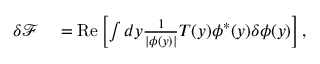
\begin{array} { r l } { \delta \mathcal { F } } & { { } = \mathrm { R e } \left[ \int d y \frac { 1 } { | \phi ( y ) | } T ( y ) \phi ^ { * } ( y ) \delta \phi ( y ) \right] , } \end{array}